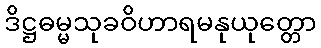
ဒိဋ္ဌဓမ္မသုခဝိဟာရမနုယုတ္တော